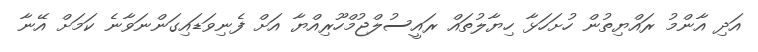
އަދި އާންމު ރައްޔިތުން ހުށަހަޅާ ހިޔާލުތައް ރައީސުލްޖުމްހޫރިއްޔާ އަށް ފެނިވަޑައިގަންނަވާނެ ކަމަށް އޭނާ